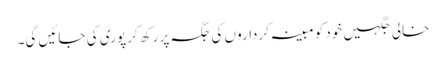
خالی جگہیں خود کو مبینہ کرداروں کی جگہ پر رکھ کر پوری کی جائیں گی۔